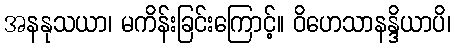
အနနုသယာ၊ မကိန်းခြင်းကြောင့်။ ဝိဟေသာနန္ဒိယာပိ၊